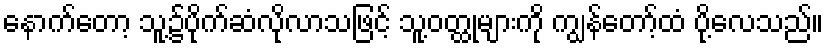
နောက်တော့ သူ့၌ပိုက်ဆံလိုလာသဖြင့် သူ့ဝတ္ထုများကို ကျွန်တော့်ထံ ပို့လေသည်။